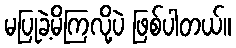
မပြုခဲ့မိကြလို့ပဲ ဖြစ်ပါတယ်။